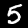
Digit: 5